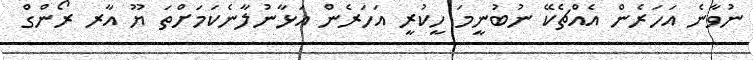
ނުވާނެ އަހަރެން އެއްޗެކޭ ނުބުނީމަ ހީކުރީ އަހަރެން އަޅާނުލާނެކަމަށްތަ ޔޫ އާރ ރޯންގް